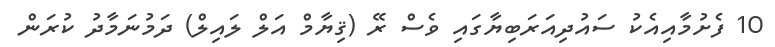
10 ފެށުމާއިއެކު ސައުދިއަރަބިޔާގައި ވެސް ރޭ (ޤިޔާމް އަލް ލައިލް) ދަމުނަމާދު ކުރަން